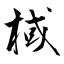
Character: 棫